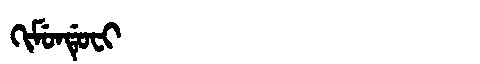
Manchu: ᡴᡳᠮᡠᠨᡩᡠᠸᡳ
Romanization: KIMUNDUFI